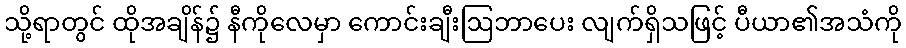
သို့ရာတွင် ထိုအချိန်၌ နီကိုလေမှာ ကောင်းချီးဩဘာပေး လျက်ရှိသဖြင့် ပီယာ၏အသံကို